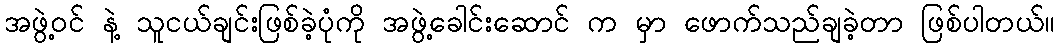
အဖွဲ့ဝင် နဲ့ သူငယ်ချင်းဖြစ်ခဲ့ပုံကို အဖွဲ့ခေါင်းဆောင် က မှာ ဖောက်သည်ချခဲ့တာ ဖြစ်ပါတယ်။